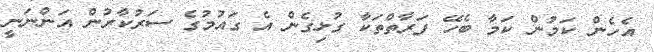
އެހެން ކަމުން ކަމާ ބެހޭ ފަރާތްތަކާ ގުޅިގެން އެ ގައުމުގެ ސަރުކާރުން އަންނަނީ